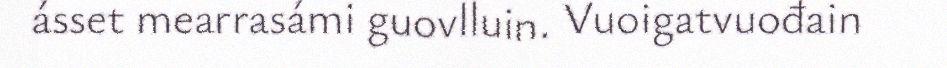
ásset mearrasámi guovlluin. Vuoigatvuođain